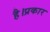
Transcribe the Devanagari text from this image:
है।प्रकार